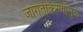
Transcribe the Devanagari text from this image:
जागतीकरणामुळे